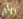
الأثر